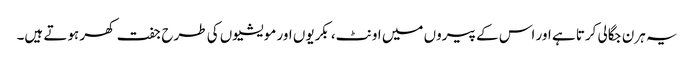
یہ ہرن جگالی کرتا ہے اور اس کے پیروں میں اونٹ، بکریوں اور مویشیوں کی طرح جفت کھر ہوتے ہیں۔